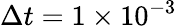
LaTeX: \Delta t=1\times 10^{-3}